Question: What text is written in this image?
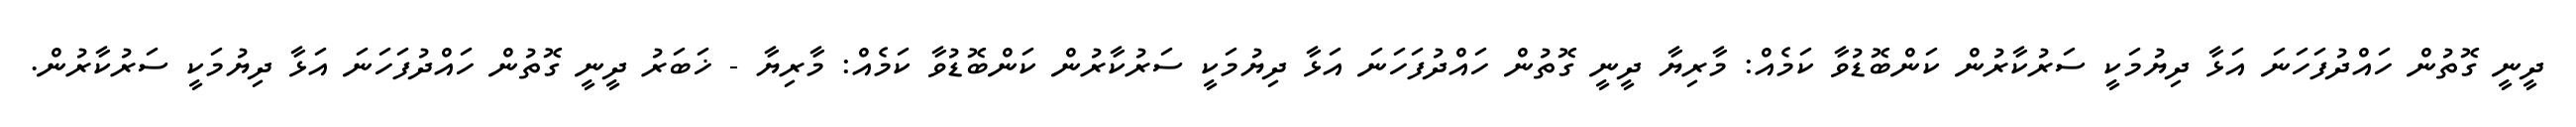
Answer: ދީނީ ގޮތުން ހައްދުފަހަނަ އަޅާ ދިޔުމަކީ ސަރުކާރުން ކަންބޮޑުވާ ކަމެއް: މާރިޔާ ދީނީ ގޮތުން ހައްދުފަހަނަ އަޅާ ދިޔުމަކީ ސަރުކާރުން ކަންބޮޑުވާ ކަމެއް: މާރިޔާ - ޚަބަރު ދީނީ ގޮތުން ހައްދުފަހަނަ އަޅާ ދިޔުމަކީ ސަރުކާރުން.